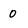
Character: 0